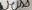
Text: Weiss